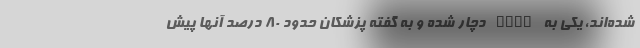
شده‌اند، یکی به PIMS دچار شده و به گفته پزشکان حدود ۸۰ درصد آنها پیش